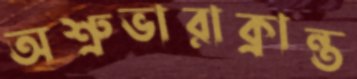
অশ্রুভারাক্রান্ত